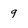
Character: 9